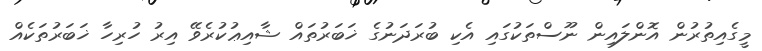
މީގެއިތުރުން އޮންލައިން ނޫސްތަކުގައި އެކި ބުރަދަނުގެ ޚަބަރުތައް ޝާއިޢުކުރެވޭ އިރު ހުރިހާ ޚަބަރުތަކެއް